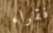
فقراء